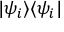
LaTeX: | \psi _ { i } \rangle \langle \psi _ { i } |